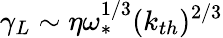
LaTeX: \gamma_{L}\sim\eta\omega_{\ast}^{1/3}(k_{th})^{2/3}